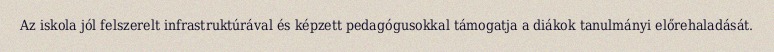
Az iskola jól felszerelt infrastruktúrával és képzett pedagógusokkal támogatja a diákok tanulmányi előrehaladását.